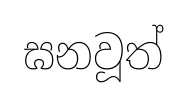
ඝනවූත්